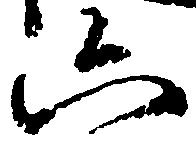
六